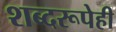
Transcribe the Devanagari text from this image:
शब्दरूपेही